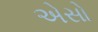
એસો